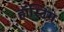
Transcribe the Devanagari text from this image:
हॉस्टिंग